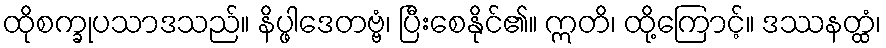
ထိုစက္ခုပသာဒသည်။ နိပ္ဖါဒေတဗ္ဗံ၊ ပြီးစေနိုင်၏။ ဣတိ၊ ထို့ကြောင့်။ ဒဿနတ္ထံ၊